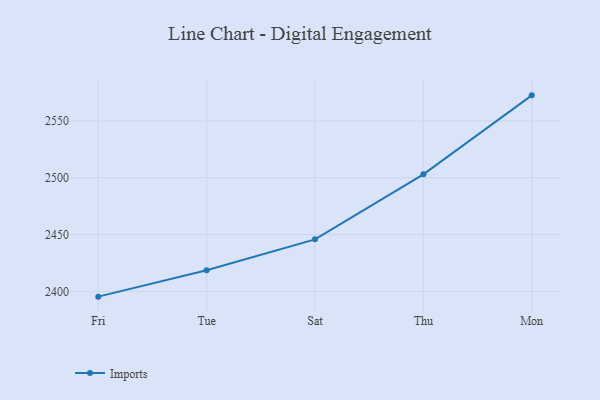
{"axis": {"x": "Day", "y": "Backlog"}, "legend": ["Imports"], "data": [{"x": "Fri", "y": 2395.4, "type": "Imports"}, {"x": "Tue", "y": 2418.6, "type": "Imports"}, {"x": "Sat", "y": 2445.8, "type": "Imports"}, {"x": "Thu", "y": 2503.0, "type": "Imports"}, {"x": "Mon", "y": 2572.5, "type": "Imports"}]}